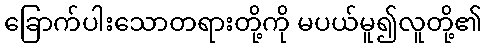
ခြောက်ပါးသောတရားတို့ကို မပယ်မူ၍လူတို့၏